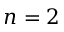
n = 2